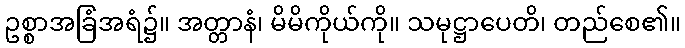
ဥစ္စာအခြံအရံ၌။ အတ္တာနံ၊ မိမိကိုယ်ကို။ သမုဋ္ဌာပေတိ၊ တည်စေ၏။